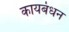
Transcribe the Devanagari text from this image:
कायबंधन